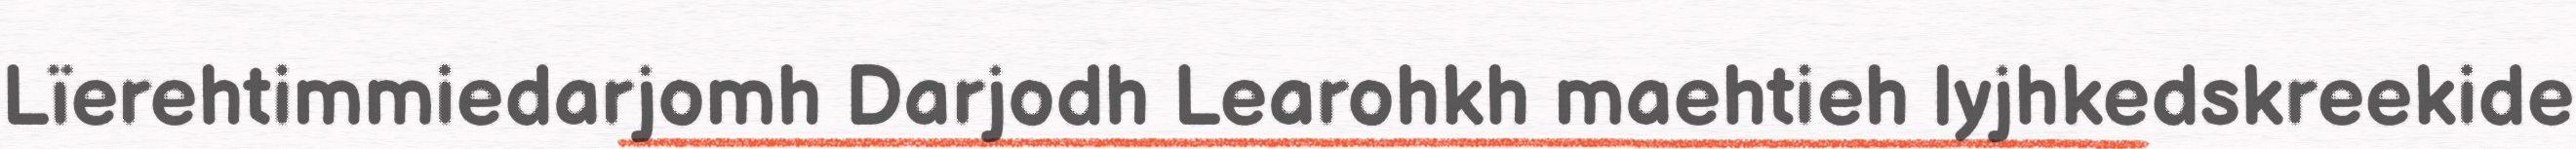
Lïerehtimmiedarjomh Darjodh Learohkh maehtieh lyjhkedskreekide